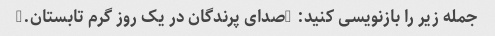
جمله زیر را بازنویسی کنید: "صدای پرندگان در یک روز گرم تابستان."